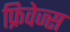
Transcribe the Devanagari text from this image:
फ्रिवेज्स